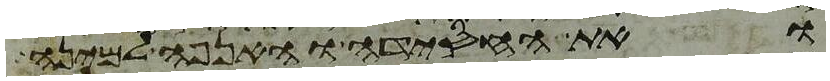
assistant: ואת החסידה והאנפה למינה